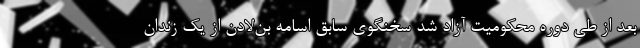
بعد از طی دوره محکومیت آزاد شد سخنگوی سابق اسامه بن‌لادن از یک زندان